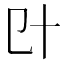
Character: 𠥿